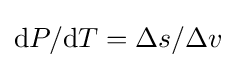
\mathrm {d} P/\mathrm {d} T=\Delta s/\Delta v